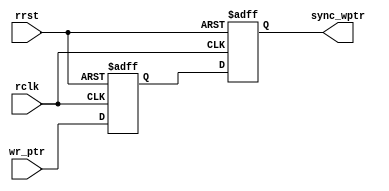
module wrptr_sync #(parameter addr_size=4)(input rclk,rrst,input[addr_size:0]wr_ptr,output reg[addr_size:0]sync_wptr);

reg [addr_size:0]temp;
always@(posedge rclk or negedge rrst)//write pointer work on read clock
begin
if(!rrst)begin sync_wptr<=0;
						temp<=0; end
else begin
			temp<=wr_ptr;
			sync_wptr<=temp;
		end
end
endmodule